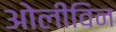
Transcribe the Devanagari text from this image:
ओलीविन